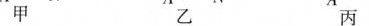
甲 乙 丙